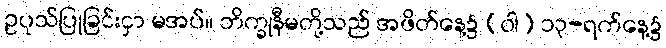
ဥပုသ်ပြုခြင်းငှာ မအပ်။ ဘိက္ခုနီမတို့သည် အဖိတ်နေ့၌ (ဝါ) ၁၃-ရက်နေ့၌